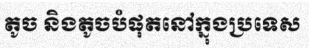
តូច និងតូចបំផុតនៅក្នុងប្រទេស